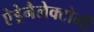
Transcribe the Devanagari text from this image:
ऐड्रेनैलेक्टोमी